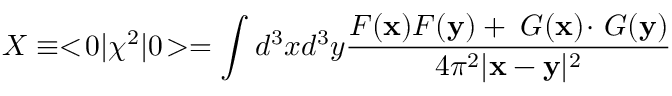
X \equiv < \! 0 | \chi ^ { 2 } | 0 \! > = \int d ^ { 3 } x d ^ { 3 } y { \frac { F ( \mathbf { x } ) F ( \mathbf { y } ) + \mathbf { \nabla } G ( \mathbf { x } ) \! \cdot \! \mathbf { \nabla } G ( \mathbf { y } ) } { 4 \pi ^ { 2 } | \mathbf { x } - \mathbf { y } | ^ { 2 } } }